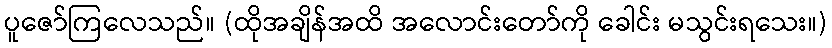
ပူဇော်ကြလေသည်။ (ထိုအချိန်အထိ အလောင်းတော်ကို ခေါင်း မသွင်းရသေး။)